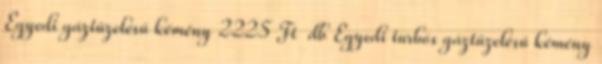
Egyedi gáztüzelésű kémény 2225 Ft db Egyedi turbós gáztüzelésű kémény